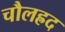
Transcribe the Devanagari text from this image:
चौलह्रद